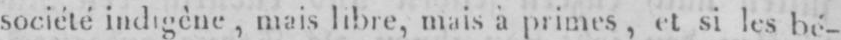
société indigène, mais libre, mais à primes, et si les bé-